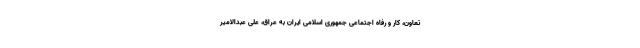
تعاون، کار و رفاه اجتماعی جمهوری اسلامی ایران به عراق، علی عبدالامیر